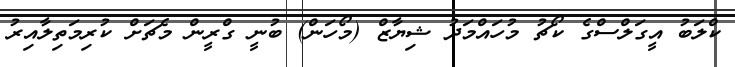
ކްލަބު އީގަލްސްގެ ކޯޗު މުހައްމަދު ޝިޔާޒް (މޯހަން) ބުނީ ގްރީން މެޗަށް ކުރިމަތިލާއިރު